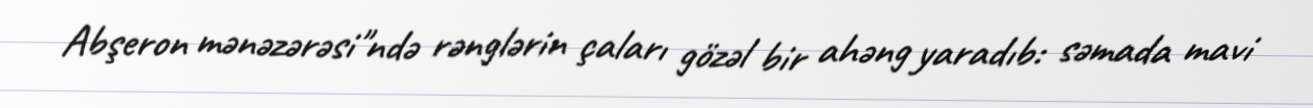
Abşeron mənəzərəsi"ndə rənglərin çaları gözəl bir ahəng yaradıb: səmada mavi